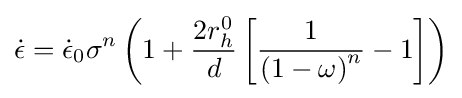
{\dot {\epsilon }}={\dot {\epsilon }}_{0}\sigma ^{n}\left(1+{\frac {2r_{h}^{0}}{d}}\left[{\frac {1}{\left(1-\omega \right)^{n}}}-1\right]\right)